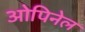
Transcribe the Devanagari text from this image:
ओपिनेल